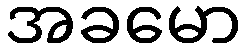
အခမော